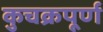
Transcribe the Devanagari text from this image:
कुचक्रपूर्ण